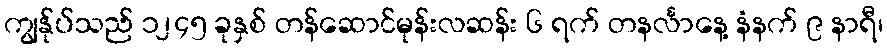
ကျွန်ုပ်သည် ၁၂၄၅ ခုနှစ် တန်ဆောင်မုန်းလဆန်း ၆ ရက် တနင်္လာနေ့ နံနက် ၉ နာရီ၊